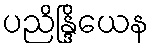
ပညိန္ဒြိယေန